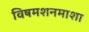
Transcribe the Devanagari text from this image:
विषमशनमाशा